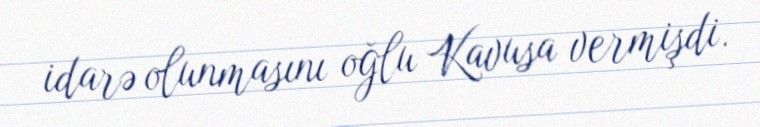
idarə olunmasını oğlu Kavusa vermişdi.